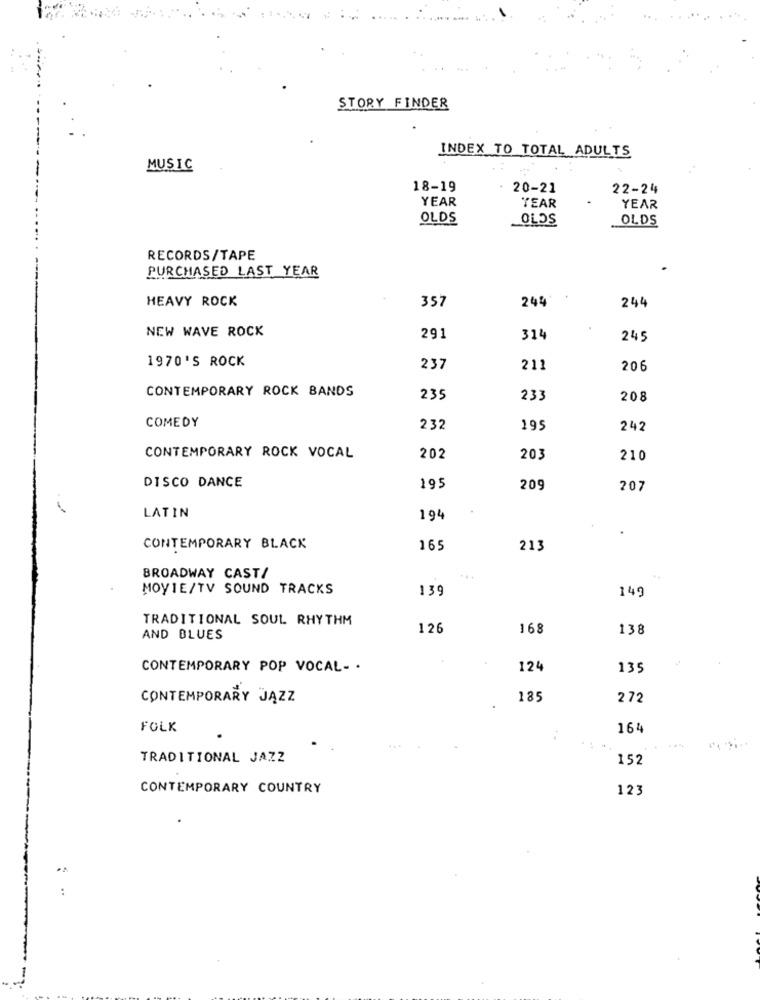
STORY FINDER
INDEX TO TOTAL ADULTS
MUSIC
18-19
20-21
22-24
YEAR
TEAR
YEAR
OLDS
OLOS
OLDS
RECORDS/TAPE
PURCHASED LAST YEAR
HEAVY ROCK
357
244
244
NEW WAVE ROCK
291
314
245
1970'S ROCK
237
211
206
CONTEMPORARY ROCK BANDS
235
233
208
COMEDY
232
199
242
CONTEMPORARY ROCK VOCAL
202
203
210
DISCO DANCE
195
209
207
LATIN
194
CONTEMPORARY BLACK
165
213
BROADWAY CAST/
MOVIE/TV SOUND TRACKS
139
149
TRADITIONAL SOUL RHYTHM
126
168
138
AND BLUES
CONTEMPORARY POP VOCAL- .
124
135
CONTEMPORARY JAZZ
185
2 72
FOLK
164
TRADITIONAL JAZZ
152
CONTEMPORARY COUNTRY
123
..